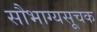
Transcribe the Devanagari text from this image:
सौभाग्यसूचक